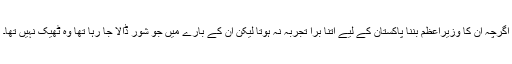
اگرچہ ان کا وزیراعظم بننا پاکستان کے لیے اتنا بُرا تجربہ نہ ہوتا لیکن ان کے بارے میں جو شور ڈالا جا رہا تھا وہ ٹھیک نہیں تھا۔